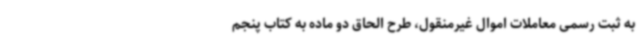
به ثبت رسمی معاملات اموال غیرمنقول، طرح الحاق دو ماده به کتاب پنجم